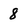
Character: 8